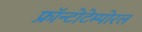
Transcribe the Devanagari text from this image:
फ्रॉन्टोटेम्पोरल